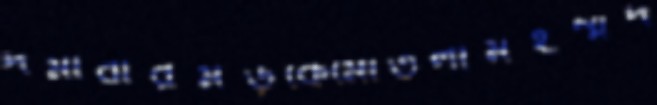
দমাবারমড়কেমৌতলামহম্মদ